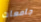
جامعات